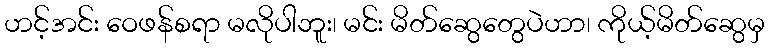
ဟင့်အင်း ဝေဖန်စရာ မလိုပါဘူး၊ မင်း မိတ်ဆွေတွေပဲဟာ၊ ကိုယ့်မိတ်ဆွေမှ